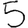
Digit: 5